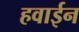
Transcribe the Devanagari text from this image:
हवाईन